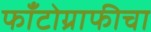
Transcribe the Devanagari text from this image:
फाँटोग्राफीचा